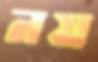
নয়